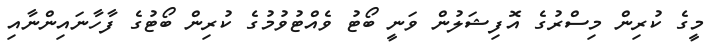
މީގެ ކުރިން މިސްރުގެ އޮފިޝަލުން ވަނީ ބޯޓު ވެއްޓުވުމުގެ ކުރިން ބޯޓުގެ ފާހާނައިންނާއި